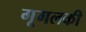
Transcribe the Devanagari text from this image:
गूगलकी